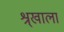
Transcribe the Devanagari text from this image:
श्र्‌खाला